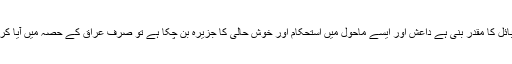
سنی قبائل کا مقدر بنی ہے داعش اور ایسے ماحول میں استحکام اور خوش حالی کا جزیرہ بن چکا ہے تو صرف عراق کے حصہ میں آیا کردستان۔